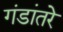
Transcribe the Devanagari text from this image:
गंडांतरे